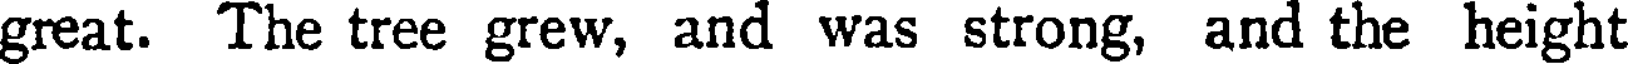
great. The tree grew, and was strong, and the height